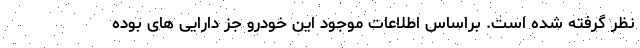
نظر گرفته شده است. براساس اطلاعات موجود این خودرو جز دارایی های بوده